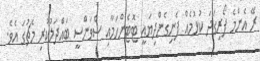
ރޭ އެންމެ ފޯރިގަދަ ކުޅުމެއް ފެނިގެންދިޔައީ ޓޮޓެންހަމާއި ސްވަންސީ ބައްދަލުކުރި މެޗުގަ އެވެ.